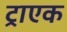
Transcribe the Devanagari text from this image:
ट्राएक